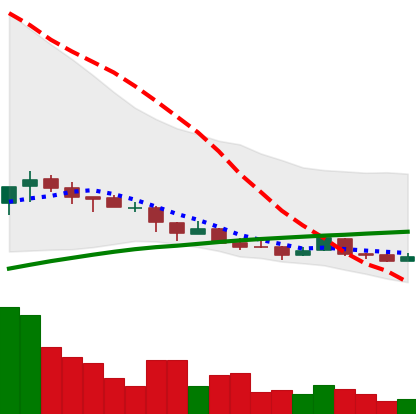
Ticker: NEO-USD
Chart end date: 2018-04-07
Forward return: 43.696%
Label: up_7plus